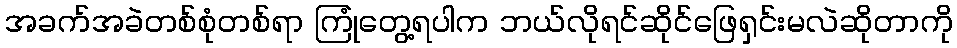
အခက်အခဲတစ်စုံတစ်ရာ ကြုံတွေ့ရပါက ဘယ်လိုရင်ဆိုင်ဖြေရှင်းမလဲဆိုတာကို